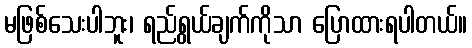
မဖြစ်သေးပါဘူး၊ ရည်ရွယ်ချက်ကိုသာ ပြောထားရပါတယ်။